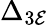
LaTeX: \Delta_{3\mathcal{E}}